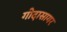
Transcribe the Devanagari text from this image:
गोदासागर